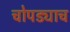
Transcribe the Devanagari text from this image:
चोपड्याच